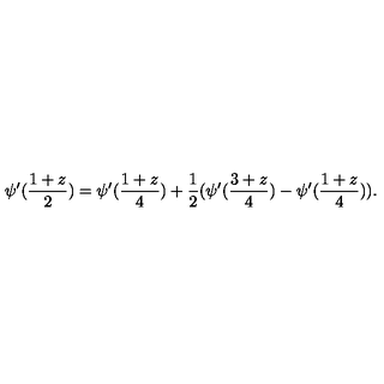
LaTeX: \psi ^ { \prime } ( \frac { 1 + z } { 2 } ) = \psi ^ { \prime } ( \frac { 1 + z } { 4 } ) + \frac { 1 } { 2 } ( \psi ^ { \prime } ( \frac { 3 + z } { 4 } ) - \psi ^ { \prime } ( \frac { 1 + z } { 4 } ) ) .